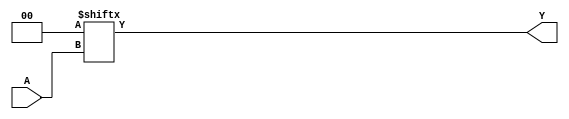
`timescale 1ns/1ps
`celldefine
//
// LUT1 simulation model
// 1-input lookup table (LUT)
//
// Copyright (c) 2023 Rapid Silicon, Inc.  All rights reserved.
//

module LUT1 #(
  parameter [1:0] INIT_VALUE = 2'h0 // 2-bit LUT logic value
) (
  input A, // Data Input
  output Y // Data Output
);

  assign Y = INIT_VALUE[A] ;


endmodule
`endcelldefine